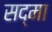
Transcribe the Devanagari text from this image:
सद्मा